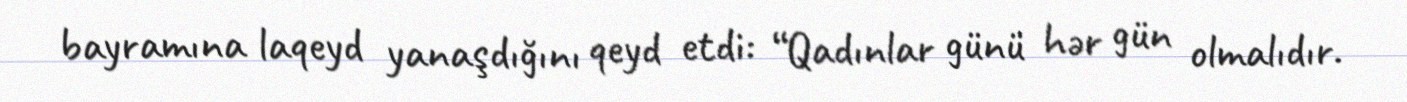
bayramına laqeyd yanaşdığını qeyd etdi: “Qadınlar günü hər gün olmalıdır.